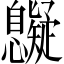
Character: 𢥷